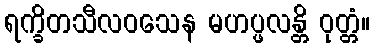
ရက္ခိတသီလဝသေန မဟပ္ဖလန္တိ ဝုတ္တံ။